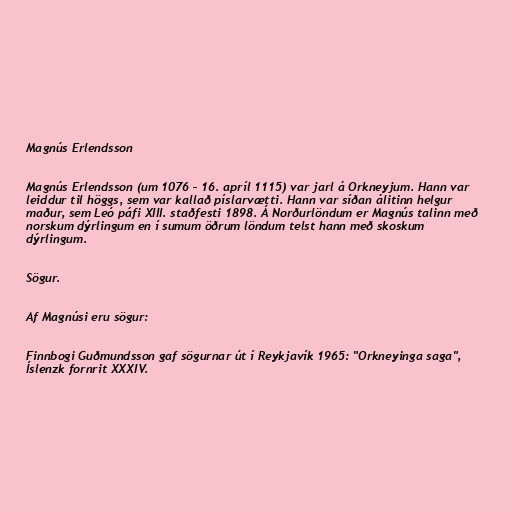
Magnús Erlendsson

Magnús Erlendsson (um 1076 – 16. apríl 1115) var jarl á Orkneyjum. Hann var
leiddur til höggs, sem var kallað píslarvætti. Hann var síðan álitinn helgur
maður, sem Leó páfi XIII. staðfesti 1898. Á Norðurlöndum er Magnús talinn með
norskum dýrlingum en í sumum öðrum löndum telst hann með skoskum
dýrlingum.

Sögur.

Af Magnúsi eru sögur:

Finnbogi Guðmundsson gaf sögurnar út í Reykjavík 1965: "Orkneyinga saga",
Íslenzk fornrit XXXIV.